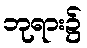
ဘုရား၌